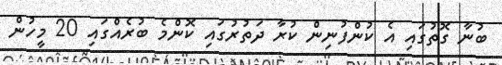
ބުނާ ގޮތުގައި އެ ކުންފުނިން ކުރާ ދަތުރުގައި ކޮންމެ ބުރެއްގައި 20 މީހުން